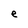
Character: e